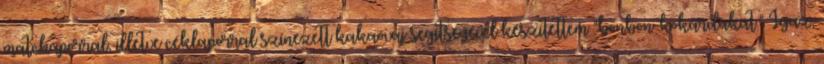
matchaporral, illetve céklaporral színezett kakaóvaj segítségével készítettem "bonbon-kokárdákat." Igaz,